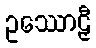
ဥဿောဠှီ